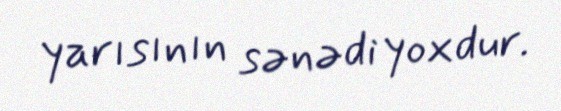
yarısının sənədi yoxdur.